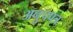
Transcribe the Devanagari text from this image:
अनुपपत्र